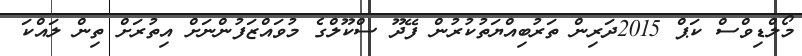
މޯލްޑިވްސް ކަޕް 2015ދަރިން ތަރުބިއްޔަތުކުރުން ފޭދޫ ސްކޫލްގެ މުވައްޒަފުންނަށް އިތުރަށް ތިން ލައްކަ